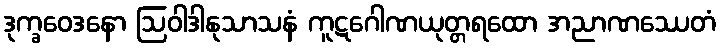
ဒုက္ခဝေဒနော ဩဝါဒါနုသာသနံ ကူဋဂေါဏယုတ္တရထော အညာဏဿေတံ